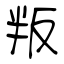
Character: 叛